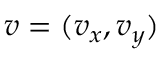
\boldsymbol { v } = ( v _ { x } , v _ { y } )